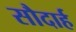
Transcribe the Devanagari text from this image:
सौदार्ह